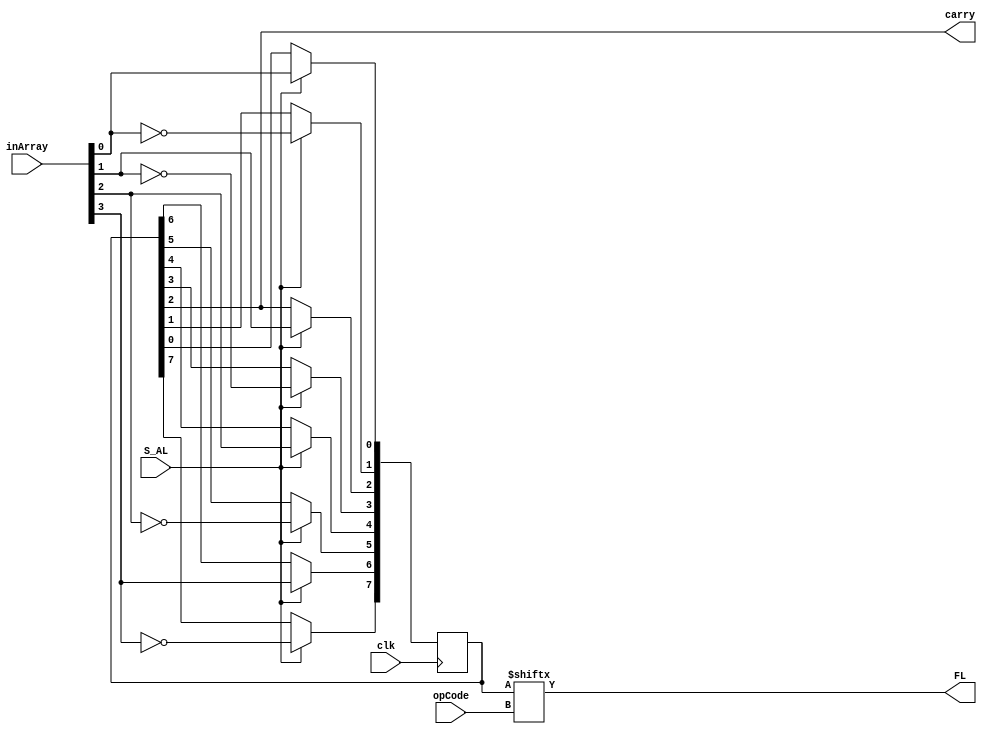
module FlagRegister(
    input           clk,        // Global Clock
    input   [2:0]   opCode,     // From Buffer 2 opcode Register
    input   [3:0]   inArray,    // Real Time Flag Bits from the ALU
    input           S_AL,       // Control bit CCG3, meaningful operation
    output          carry,      // Return Carry Bit to ALU
    output          FL          // Output to FL Logic Handler
);  
    reg [7:0]   flagArray;

    // Startup
    initial begin 
        flagArray = 0;
    end

    // End Startup
    always@(posedge clk)
       if(S_AL) 
        begin
            flagArray[0] <= inArray[0];  //ZERO          Z
            flagArray[1] <= ~inArray[0]; //NOT ZERO      NZ
            flagArray[2] <= inArray[1];  //Carry         C
            flagArray[3] <= ~inArray[1]; //NOT Carry     NC
            flagArray[4] <= inArray[2];  //Positive      P
            flagArray[5] <= ~inArray[2]; //Negative      N
            flagArray[6] <= inArray[3];  //Parity Odd    PO
            flagArray[7] <= ~inArray[3]; //Parity Even   PE
        end

        
    assign carry = flagArray[2];
    assign FL = flagArray[opCode];

endmodule